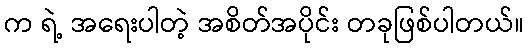
က ရဲ့ အရေးပါတဲ့ အစိတ်အပိုင်း တခုဖြစ်ပါတယ်။